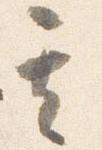
其